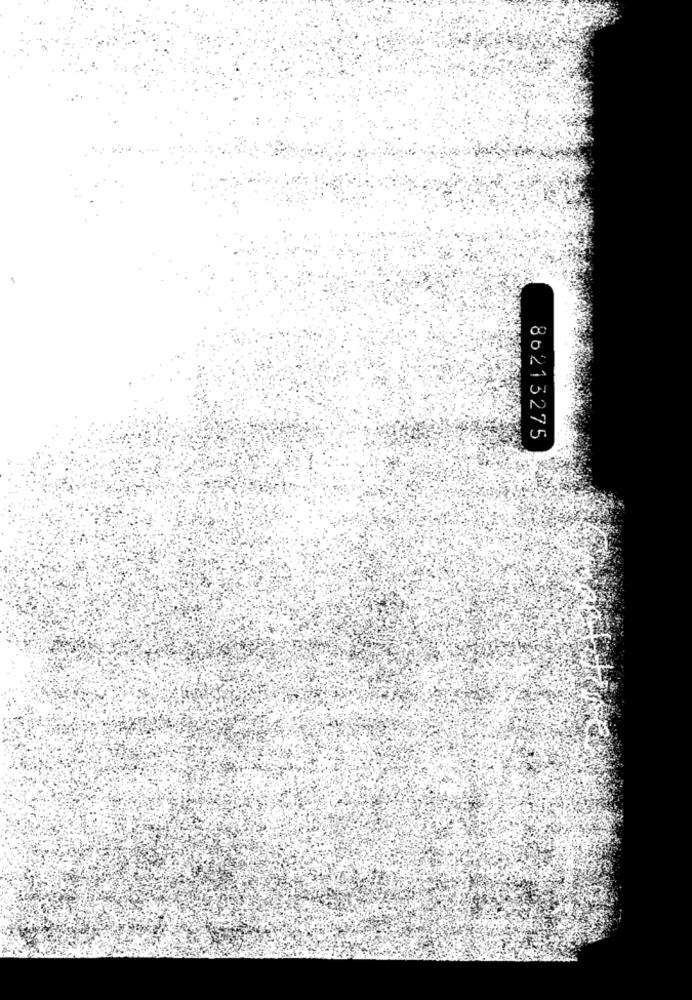
86213275